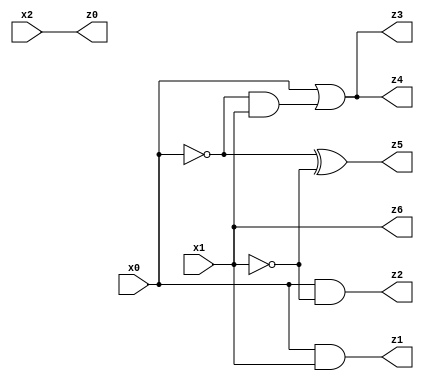
// Benchmark "X_3_64" written by ABC on Tue Jun 27 15:23:55 2023

module X_3_64 ( 
    x0, x1, x2,
    z0, z1, z2, z3, z4, z5, z6  );
  input  x0, x1, x2;
  output z0, z1, z2, z3, z4, z5, z6;
  assign z0 = x2;
  assign z1 = x0 & x1;
  assign z2 = x0 & ~x1;
  assign z3 = x0 | (~x0 & x1);
  assign z4 = x0 | (~x0 & x1);
  assign z5 = ~x0 ^ ~x1;
  assign z6 = x1;
endmodule